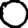
Digit: 0